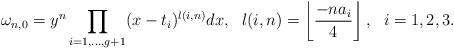
LaTeX: \begin{align*}\omega_{n,0} = y^n \prod_{i=1,...,g+1}(x-t_i)^{l(i,n)} dx, \ \ l(i,n) = \left \lfloor{\frac{-na_i}{4}}\right \rfloor, \ \ i =1,2,3.\end{align*}